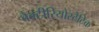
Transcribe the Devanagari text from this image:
बैक्टीरियोस्टैटिक